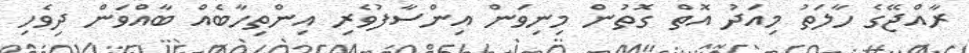
ރާއްޖޭގެ ހާލަތު މިއަދު އޮތް ގޮތުން މިނިވަން އިންސާފުވެރި އިންތިހާބެއް ބާއްވަން ދިވެހި